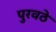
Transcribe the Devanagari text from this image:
पुरवठे